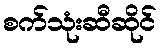
စက်သုံးဆီဆိုင်